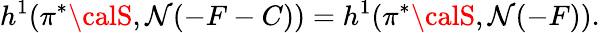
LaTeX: h^{1}(\pi^{*}{\calS},\mathcal{N}(-F-C))=h^{1}(\pi^{*}{\calS},\mathcal{N}(-F)).